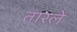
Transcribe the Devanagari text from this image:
तारले